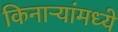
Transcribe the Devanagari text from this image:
किनाऱ्यांमध्ये